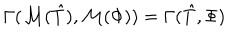
\Gamma ( \mathcal { M } ( \hat { T } ) , \mathcal { M } ( \Phi ) ) = \Gamma ( \hat { T } , \Phi )